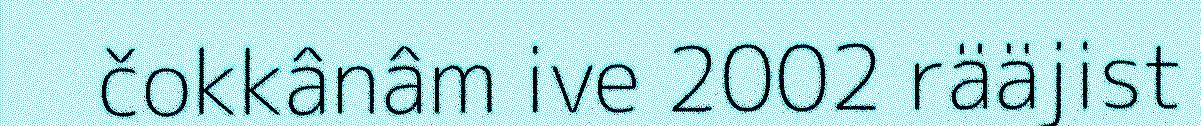
čokkânâm ive 2002 rääjist